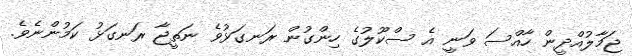
ޖަމާލުއްދީން ހާއްސަ ވަނީ އެ ސްކޫލުގެ ހިންގުން ރަނގަޅުވެ ނަތީޖާ ރަނގަޅު ކަމުންނެވެ.